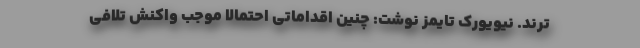
ترند. نیویورک تایمز نوشت: چنین اقداماتی احتمالا موجب واکنش تلافی‌